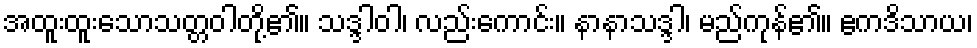
အထူးထူးသောသတ္တဝါတို့၏။ သဒ္ဒါဝါ၊ လည်းကောင်း။ နာနာသဒ္ဒါ၊ မည်ကုန်၏။ ဧကဒိသာယ၊